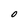
Character: O